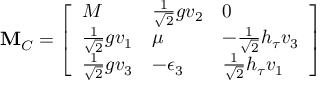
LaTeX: { \mathbf M _ { C } } = \left[ \begin{array} { l l l } { { M } } & { { { \textstyle { \frac { 1 } { \sqrt { 2 } } } } g v _ { 2 } } } & { { 0 } } \\ { { { \textstyle { \frac { 1 } { \sqrt { 2 } } } } g v _ { 1 } } } & { { \mu } } & { { - { \textstyle { \frac { 1 } { \sqrt { 2 } } } } h _ { \tau } v _ { 3 } } } \\ { { { \textstyle { \frac { 1 } { \sqrt { 2 } } } } g v _ { 3 } } } & { { - \epsilon _ { 3 } } } & { { { \textstyle { \frac { 1 } { \sqrt { 2 } } } } h _ { \tau } v _ { 1 } } } \end{array} \right] \nonumber